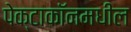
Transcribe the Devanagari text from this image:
पेक्टाकॉनमधील